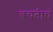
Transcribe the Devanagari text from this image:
बचतीचं